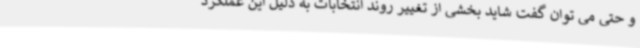
و حتی می توان گفت شاید بخشی از تغییر روند انتخابات به دلیل این عملکرد